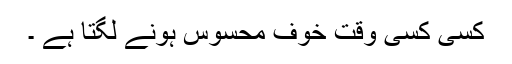
کسی کسی وقت خوف محسوس ہونے لگتا ہے ۔